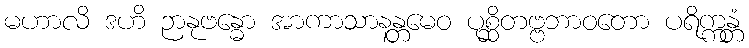
မဟာလိ ဒဟိ ဉာနုဗန္ဓော အာကာသာနန္တမေဝ ပုစ္ဆိတဗ္ဗဘာဝတော ပရိက္ကန္တံ